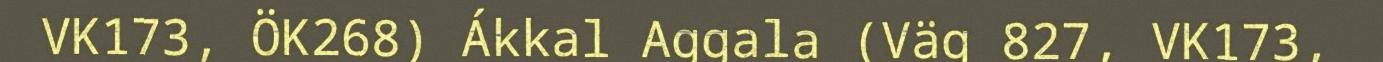
VK173, ÖK268) Ákkal Aggala (Väg 827, VK173,